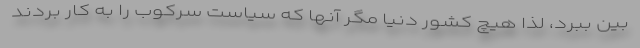
بین ببرد، لذا هیچ کشور دنیا مگر آنها که سیاست سرکوب را به کار بردند